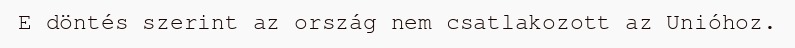
E döntés szerint az ország nem csatlakozott az Unióhoz.